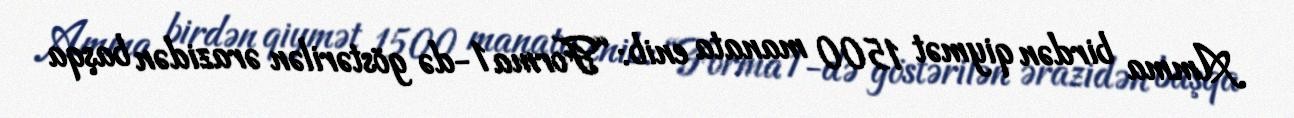
Amma birdən qiymət 1500 manata enib: “Forma 1-də göstərilən ərazidən başqa